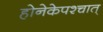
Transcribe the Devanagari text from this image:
होनेकेपश्चात्